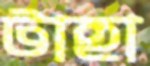
টাহা